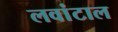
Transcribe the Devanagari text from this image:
लवांटाल